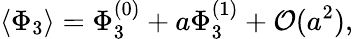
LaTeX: \langle\Phi_{3}\rangle=\Phi_{3}^{(0)}+a\Phi_{3}^{(1)}+{\cal O}(a^{2}),